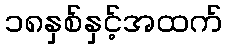
၁၈နှစ်နှင့်အထက်